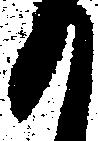
か